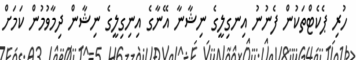
ހުރި ޕެކެޓްތަކުން ފެނުނު އިނގިލީގެ ނިޝާނާ އޭނާގެ އިނިގިލީގެ ނިޝާން ދިމާވުމުން ކަމަށް